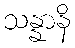
သန္နာနိ